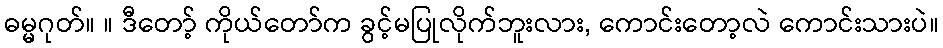
ဓမ္မဂုတ်။ ။ ဒီတော့် ကိုယ်တော်က ခွင့်မပြုလိုက်ဘူးလား, ကောင်းတော့လဲ ကောင်းသားပဲ။